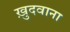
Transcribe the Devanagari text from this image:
ख़ुदवाना